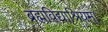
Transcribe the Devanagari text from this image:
ब्रह्मविद्याश्रियम्।